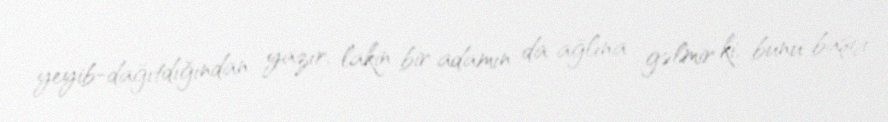
yeyib-dağıtdığından yazır, lakin bir adamın da ağlına gəlmir ki, bunu başçı